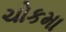
ચોકમા